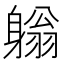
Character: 𨉳